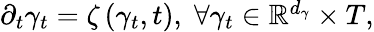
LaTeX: \begin{array}{r}{\partial_{t}\gamma_{t}=\zeta\left(\gamma_{t},t\right),\; \forall\gamma_{t}\in\mathbb{R}^{d_{\gamma}}\times T,}\end{array}